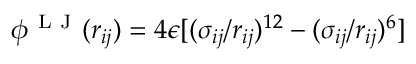
\phi ^ { \mathrm { ~ L ~ J ~ } } ( r _ { i j } ) = 4 \epsilon [ ( \sigma _ { i j } / r _ { i j } ) ^ { 1 2 } - ( \sigma _ { i j } / r _ { i j } ) ^ { 6 } ]